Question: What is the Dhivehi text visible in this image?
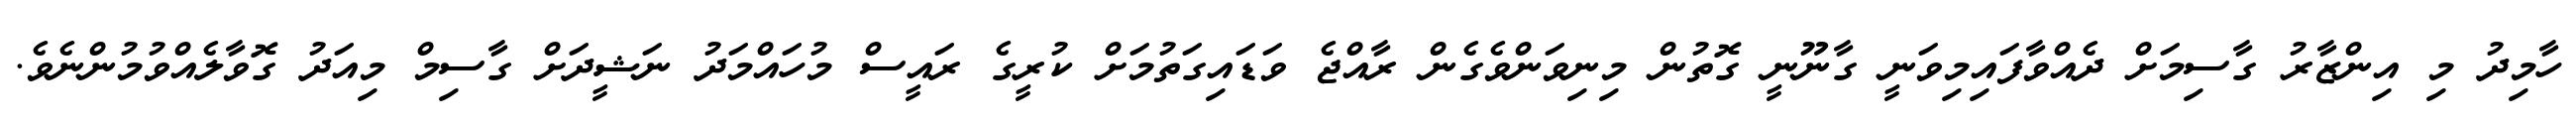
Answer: ހާމިދު މި އިންޒާރު ގާސިމަށް ދެއްވާފައިމިވަނީ ގާނޫނީ ގޮތުން މިނިވަންވެގެން ރާއްޖެ ވަޑައިގަތުމަށް ކުރީގެ ރައީސް މުހައްމަދު ނަޝީދަށް ގާސިމް މިއަދު ގޮވާލެއްވުމުންނެވެ.